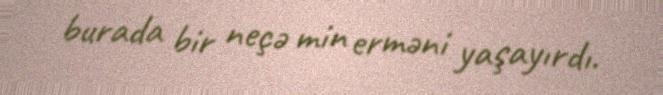
burada bir neçə min erməni yaşayırdı.